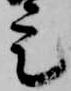
定